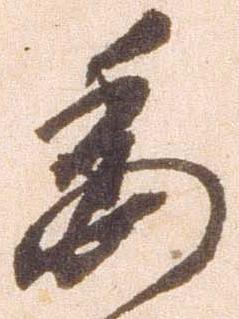
委